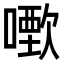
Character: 𠿣